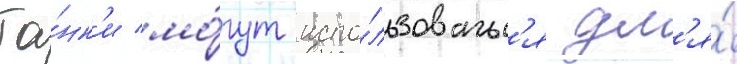
Та́нк'и мо́гут испо́льзоватьс'я дл'я́